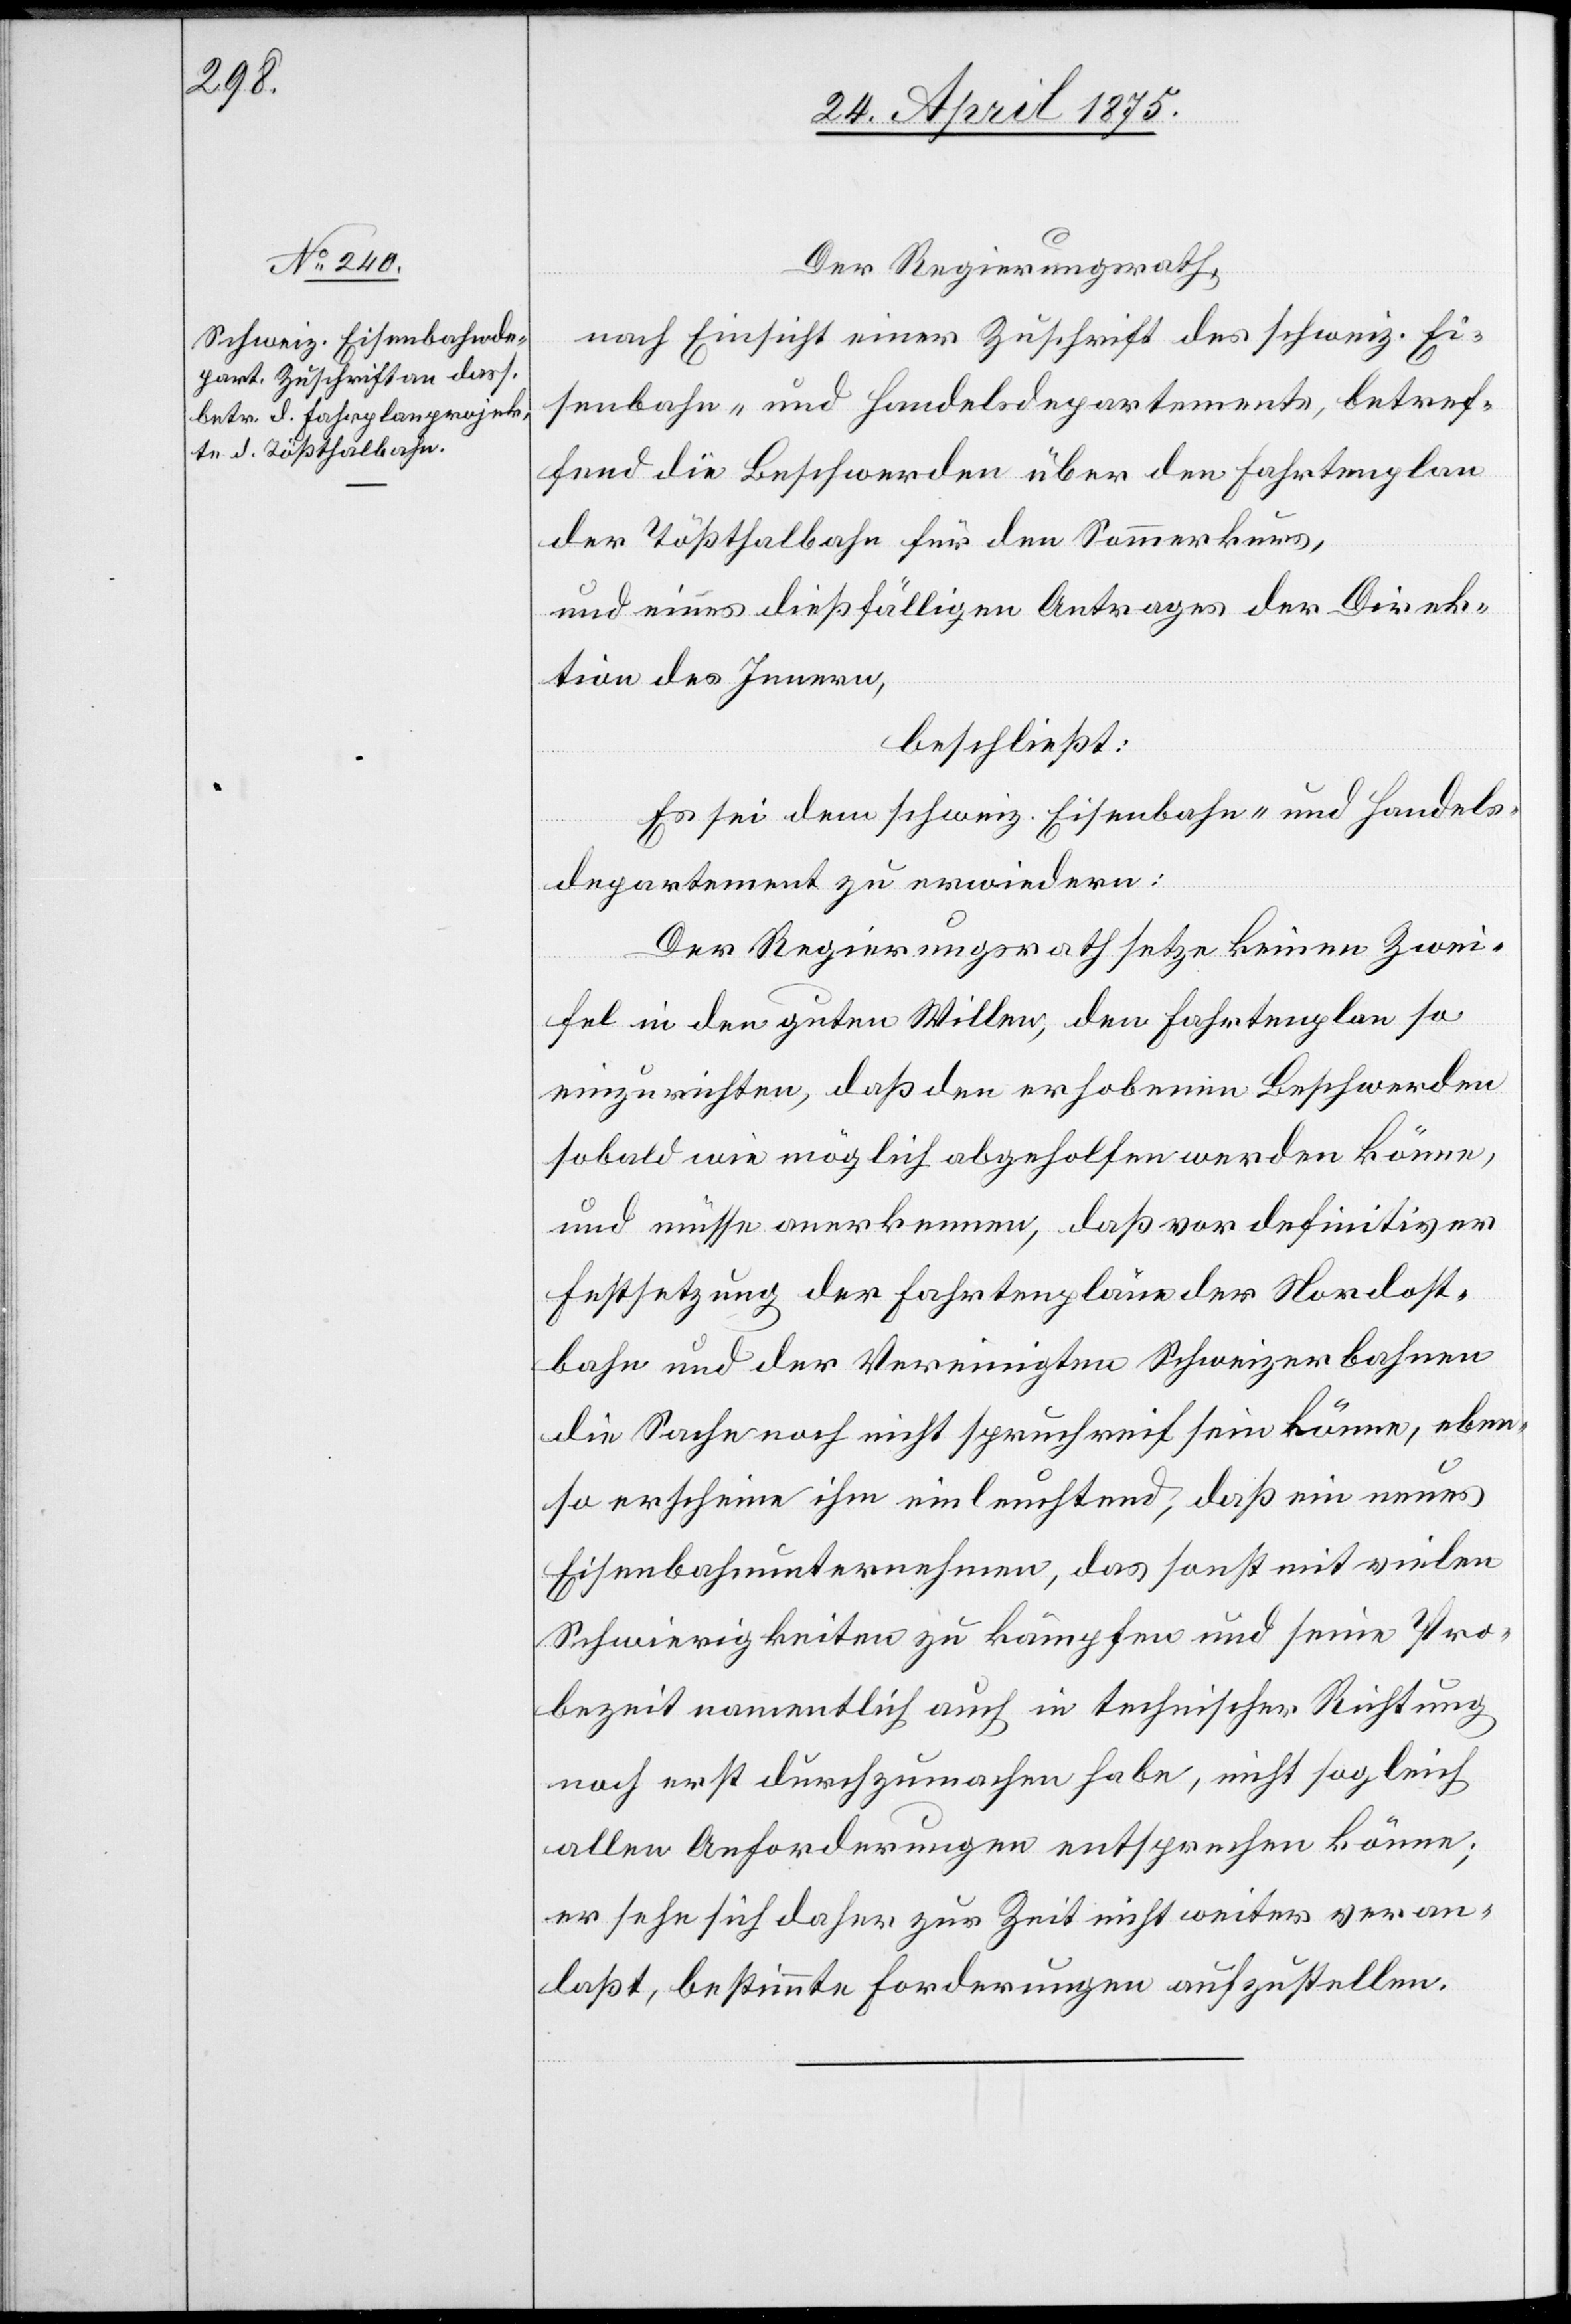
Der Regierungsrath,
nach Einsicht einer Zuschrift des schweiz. Ei¬
senbahn- und Handelsdepartement, betref¬
fend die Beschwerden über den Fahrtenplan
der Tößthalbahn für den Sommerkurs,
und eines dieß fälligen Antrages der Direk¬
tion des Innern,
beschließt:
Es sei dem schweiz. Eisenbahn- und Handels¬
departement zu erwiedern:
Der Regierungsrath setze keinen Zwei¬
fel in den guten Willen, den Fahrtenplan so
einzurichten, daß den erhobenen Beschwerden
sobald wie möglich abgeholfen werden könne,
und müsse anerkennen, daß vor definitiver
Festsetzung der Fahrtenpläne der Nordost¬
bahn und der Vereinigten Schweizerbahnen
die Sache noch nicht spruchreif sein könne, eben¬
so erscheine ihm einleuchtend, daß ein neues
Eisenbahnunternehmen, daß sonst mit vielen
Schwierigkeiten zu kämpfen und seine Pro¬
bezeit namentlich auch in technischer Richtung
noch erst durchzumachen habe, nicht sogleich
allen Anforderungen entsprechen könne;
er sehe sich daher zur Zeit nicht weiter veran¬
laßt, bestimmte Forderungen aufzustellen.